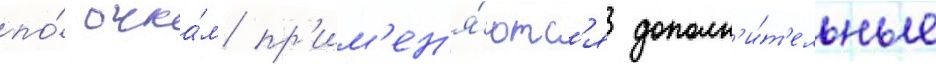
по́ очка́м пр'им'ен'я́ютс'я дополн'и́т'ельные